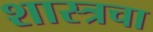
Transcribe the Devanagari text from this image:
शास्त्रचा